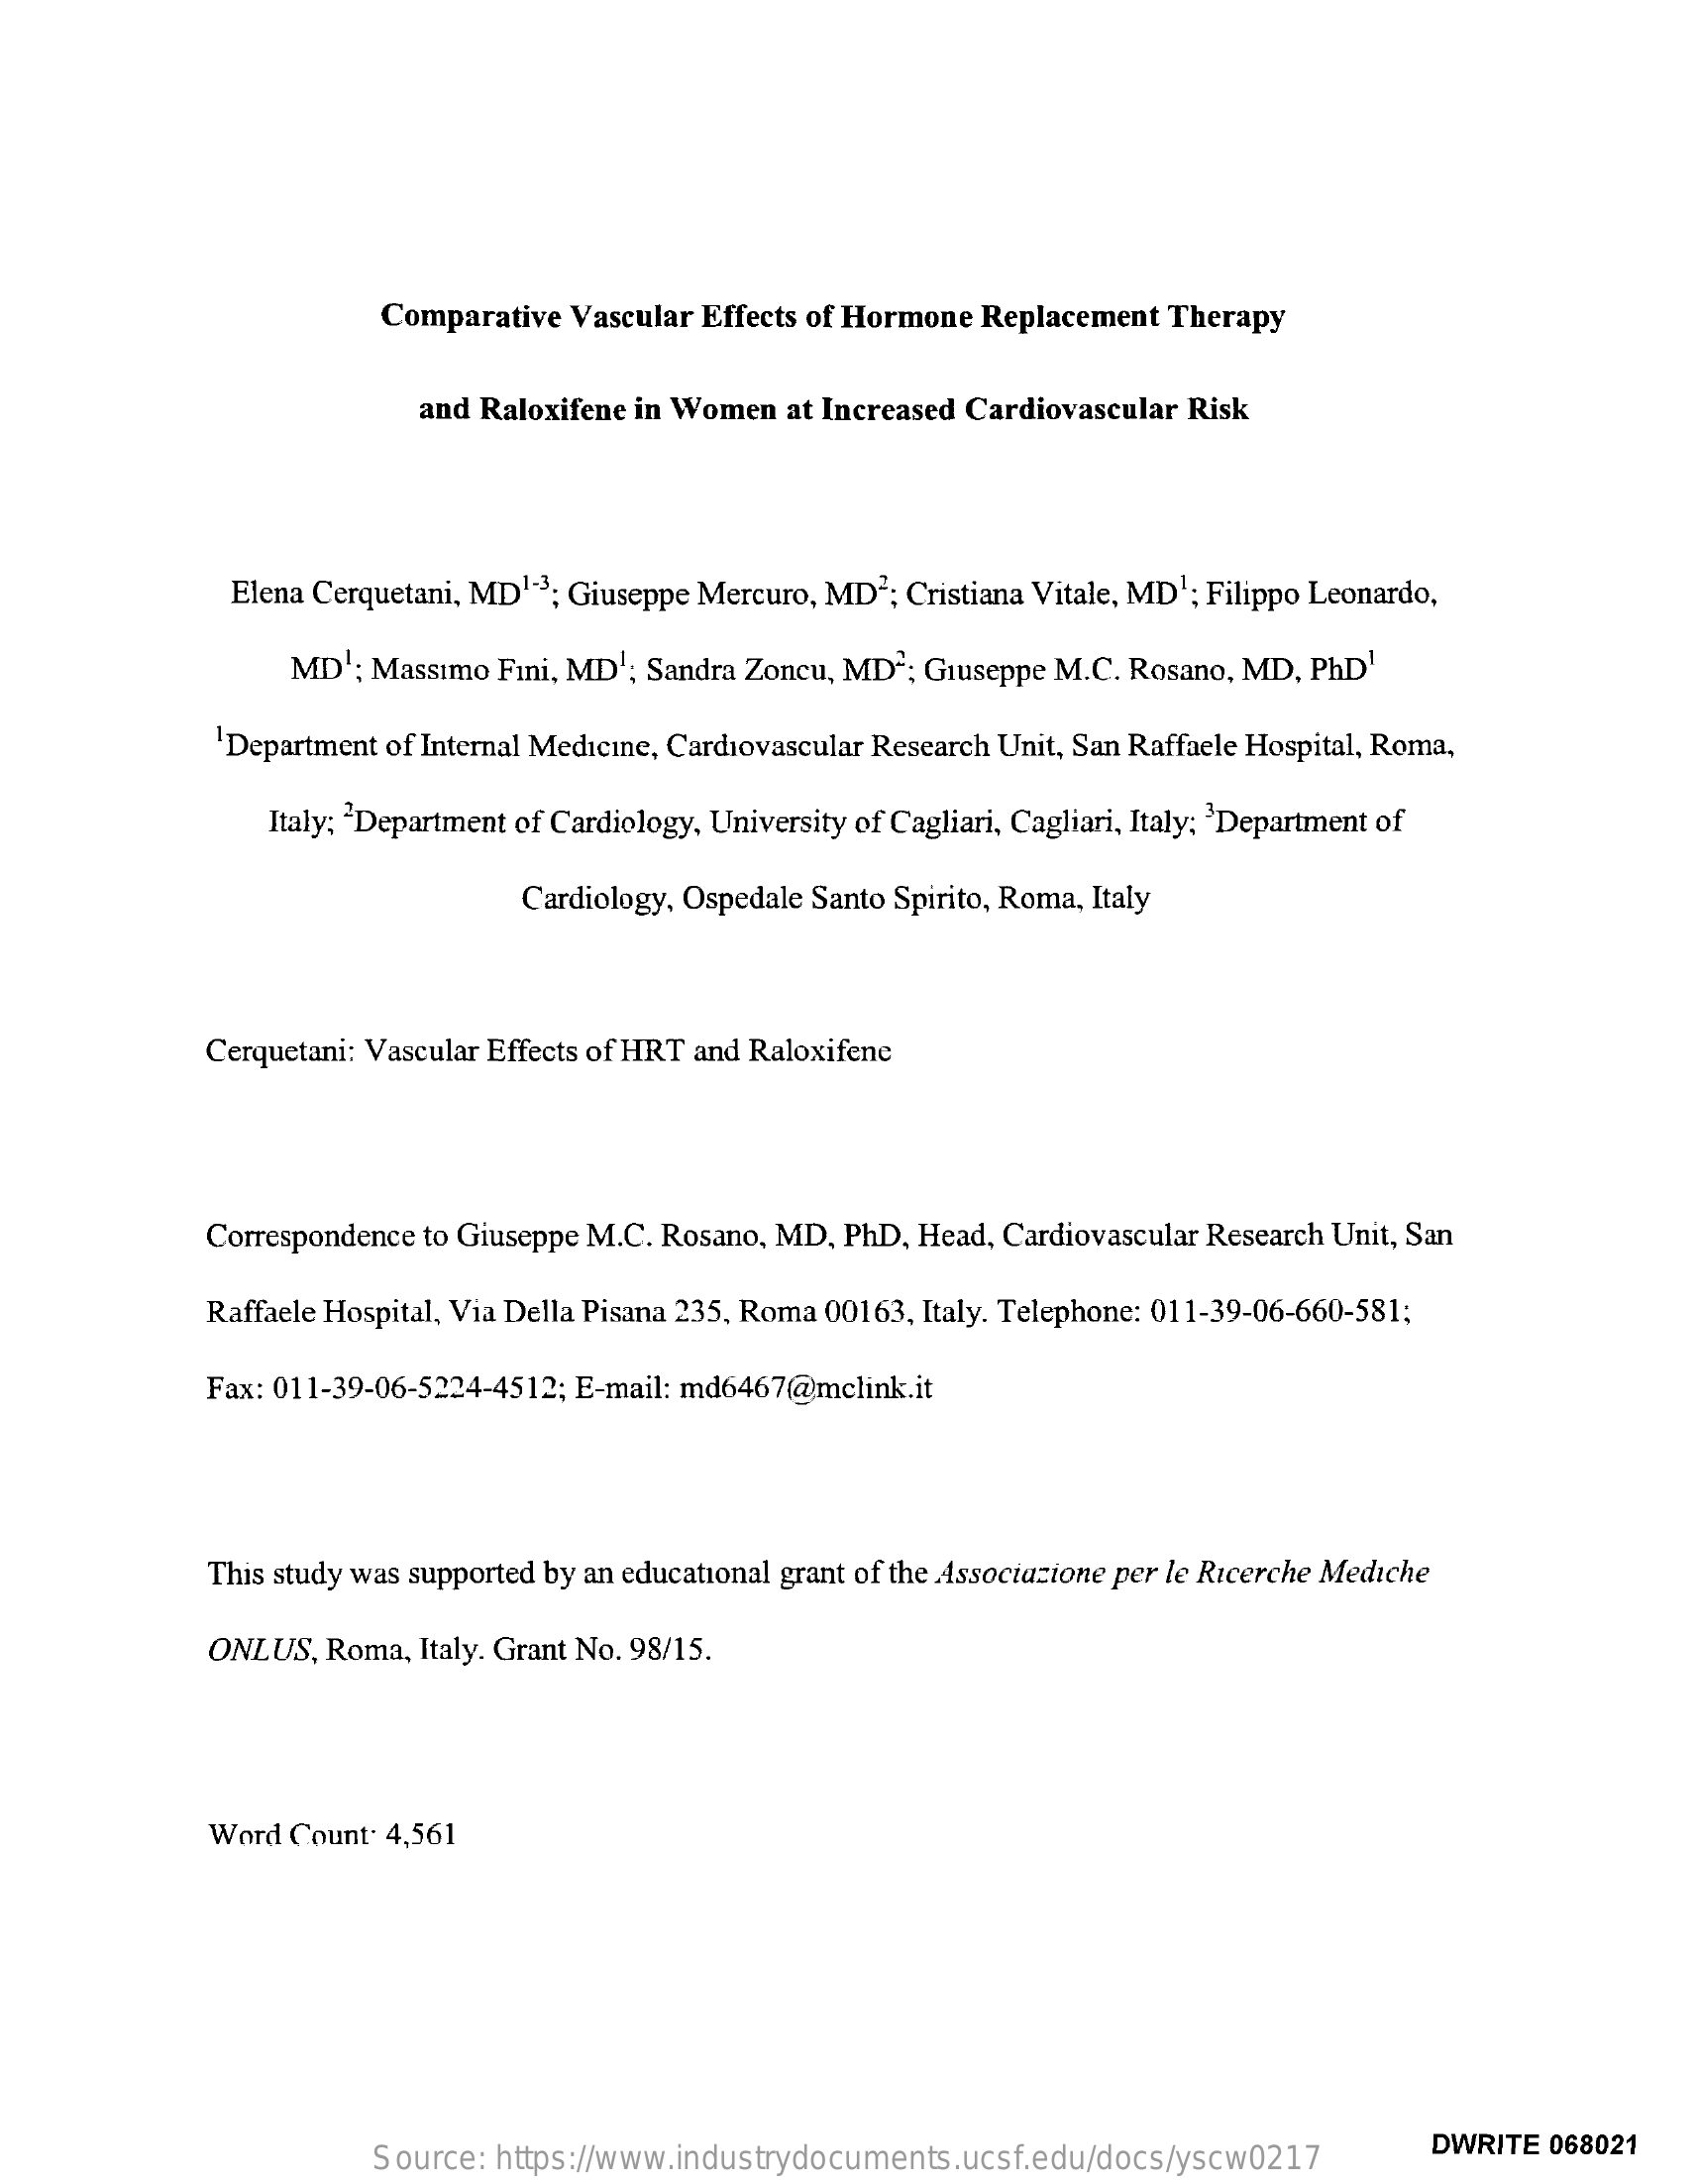
Comparative  Vascular Effects of Hormone Replacement Therapy
     and Raloxifene in Women at Increased Cardiovascular Risk
     Elena Cerquetani, MD123; Giuseppe Mercuro, MD2; Cristiana Vitale, MD1; Filippo Leonardo,
     MD1; Massimo  Fini, MD1; Sandra Zoncu, MD3; Giuseppe M.C. Rosano, MD, PhD1
     'Department of Internal Medicine, Cardiovascular Research Unit, San Raffaele Hospital, Roma,
     Italy; 2Department of Cardiology, University of Cagliari, Cagliari, Italy; 3Department of
     Cardiology, Ospedale Santo Spirito, Roma, Italy
     Cerquetani: Vascular Effects of HRT and Raloxifene
     Correspondence to Giuseppe M.C. Rosano, MD, PhD, Head, Cardiovascular Research Unit, San
     Raffaele Hospital, Via Della Pisana 235, Roma 00163, Italy. Telephone: 011-39-06-660-581;
     Fax: 011-39-06-5224-4512; E-mail: md6467@mclink.it
     This study was supported by an educational grant of the Associazione per le Ricerche Mediche
     ONLUS,  Roma, Italy. Grant No. 98/15.
     Word Count: 4,561
     Source: https://www.industrydocuments.ucsf.edu/docs/yscw0217
     DWRITE  068021